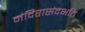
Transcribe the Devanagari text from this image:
मंदिरासंदर्भात